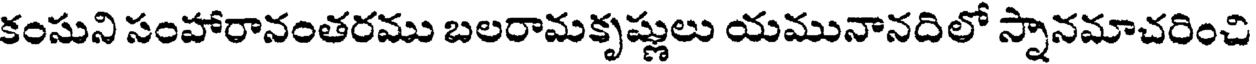
కంసుని సంహారానంతరము బలరామకృష్ణులు యమునానదిలో స్నానమాచరించి